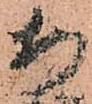
安